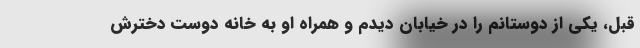
قبل، یکی از دوستانم را در خیابان دیدم و همراه او به خانه دوست دخترش